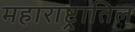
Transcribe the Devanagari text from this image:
महाराष्ट्रातिल